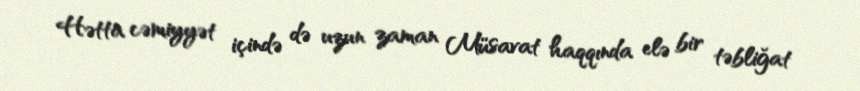
Hətta cəmiyyət içində də uzun zaman Müsavat haqqında elə bir təbliğat